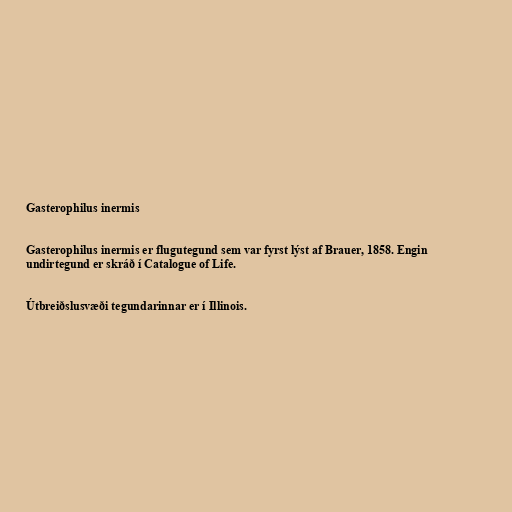
Gasterophilus inermis

Gasterophilus inermis er flugutegund sem var fyrst lýst af Brauer, 1858. Engin
undirtegund er skráð í Catalogue of Life.

Útbreiðslusvæði tegundarinnar er í Illinois.